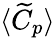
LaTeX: \langle\widetilde{C}_{p}\rangle